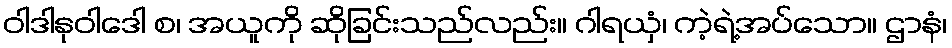
ဝါဒါနုဝါဒေါ စ၊ အယူကို ဆိုခြင်းသည်လည်း။ ဂါရယှံ၊ ကဲ့ရဲ့အပ်သော။ ဌာနံ၊